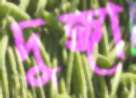
দুঙ্গা